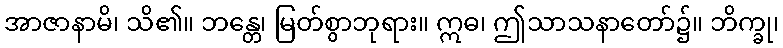
အာဇာနာမိ၊ သိ၏။ ဘန္တေ၊ မြတ်စွာဘုရား။ ဣဓ၊ ဤသာသနာတော်၌။ ဘိက္ခု၊